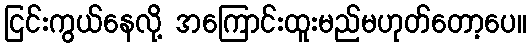
ငြင်းကွယ်နေလို့ အကြောင်းထူးမည်မဟုတ်တော့ပေ။